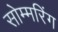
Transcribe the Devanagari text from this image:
सोम्मरिंग